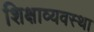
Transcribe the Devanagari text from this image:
शिक्षाव्यवस्था